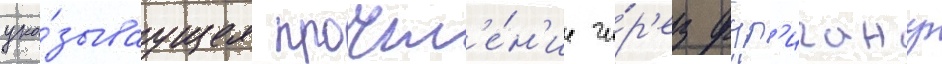
ука́зываущее прочт'е́н'ие че́р'ез фур'игану